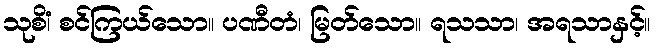
သုစိံ၊ စင်ကြယ်သော။ ပဏီတံ၊ မြတ်သော။ ရသသာ၊ အရသာနှင့်။